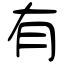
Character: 有